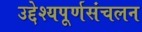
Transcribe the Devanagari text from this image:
उद्देश्यपूर्णसंचलन